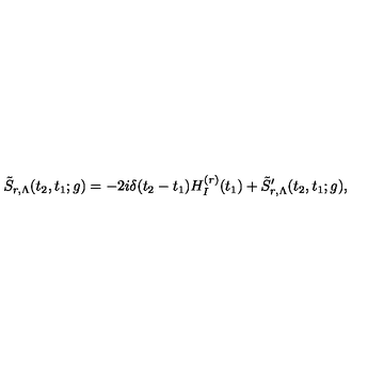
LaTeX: \tilde { S } _ { r , \Lambda } ( t _ { 2 } , t _ { 1 } ; g ) = - 2 i \delta ( t _ { 2 } - t _ { 1 } ) H _ { I } ^ { ( r ) } ( t _ { 1 } ) + \tilde { S } _ { r , \Lambda } ^ { \prime } ( t _ { 2 } , t _ { 1 } ; g ) ,